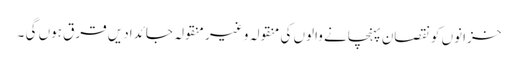
خزانوں کو نقصان پہنچانے والوں کی منقولہ و غیر منقولہ جائدادیں قرق ہوں گی ۔